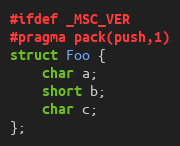
Language: C
#ifdef _MSC_VER
#pragma pack(push,1)
struct Foo {
    char a;
    short b;
    char c;
};